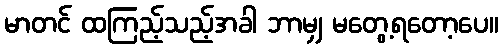
မာတင် ထကြည့်သည့်အခါ ဘာမျှ မတွေ့ရတော့ပေ။